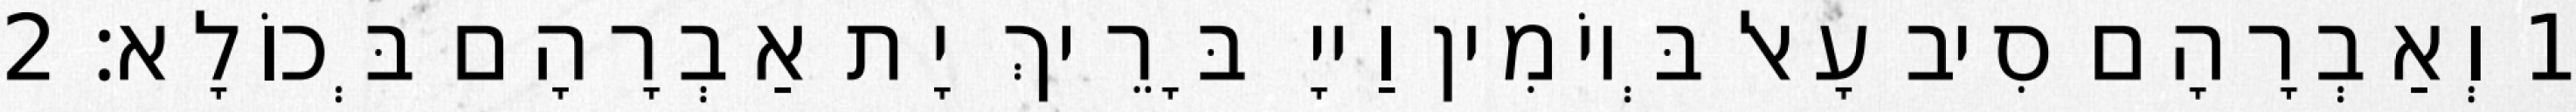
1 וְאַבְרָהָם סִיב עָאל בְּיוֹמִין וַייָ בָּרֵיךְ יָת אַבְרָהָם בְּכוֹלָא׃ 2